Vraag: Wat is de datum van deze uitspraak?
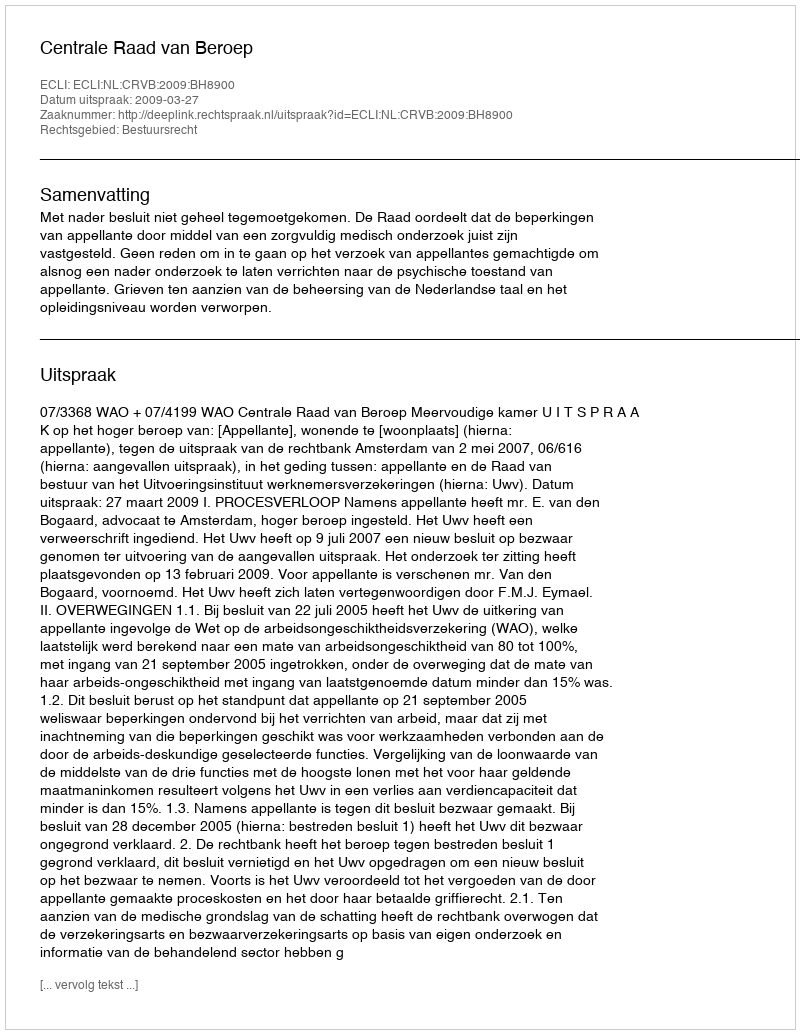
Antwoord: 2009-03-27